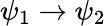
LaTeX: \psi_{1}\rightarrow\psi_{2}